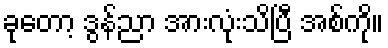
ခုတော့ ဒွန်ညာ အားလုံးသိပြီ အစ်ကို။